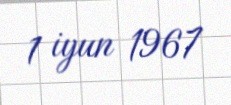
1 iyun 1967